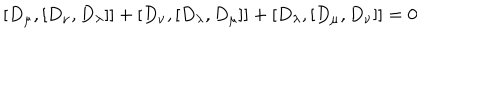
[ D _ { \mu } , [ D _ { \nu } , D _ { \lambda } ] ] + [ D _ { \nu } , [ D _ { \lambda } , D _ { \mu } ] ] + [ D _ { \lambda } , [ D _ { \mu } , D _ { \nu } ] ] = 0